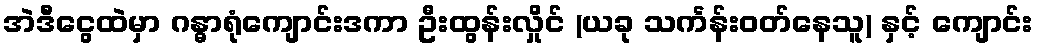
အဲဒီငွေထဲမှာ ဂန္ဓာရုံကျောင်းဒကာ ဦးထွန်းလှိုင် (ယခု သင်္ကန်းဝတ်နေသူ) နှင့် ကျောင်း